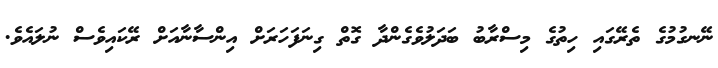
ނޭނގުމުގެ ތެރޭގައި ހިތުގެ މިސްރާބު ބަދަލުވެގެންދާ ގޮތް ގިނަފަހަރަށް އިންސާނާއަށް ރޭކައިވެސް ނުލައެވެ.